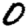
Digit: 0